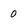
Character: 0